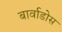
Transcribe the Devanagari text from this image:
बार्वाडोस